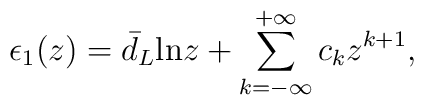
\epsilon_1 (z) = \bar{d}_L {\rm ln}z + \sum_{k=-\infty}^{+\infty} c_kz^{k+1},